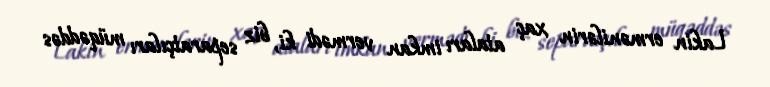
Lakin ermənilərin xaç ataları imkan vermədi ki, biz separatçıları müqəddəs